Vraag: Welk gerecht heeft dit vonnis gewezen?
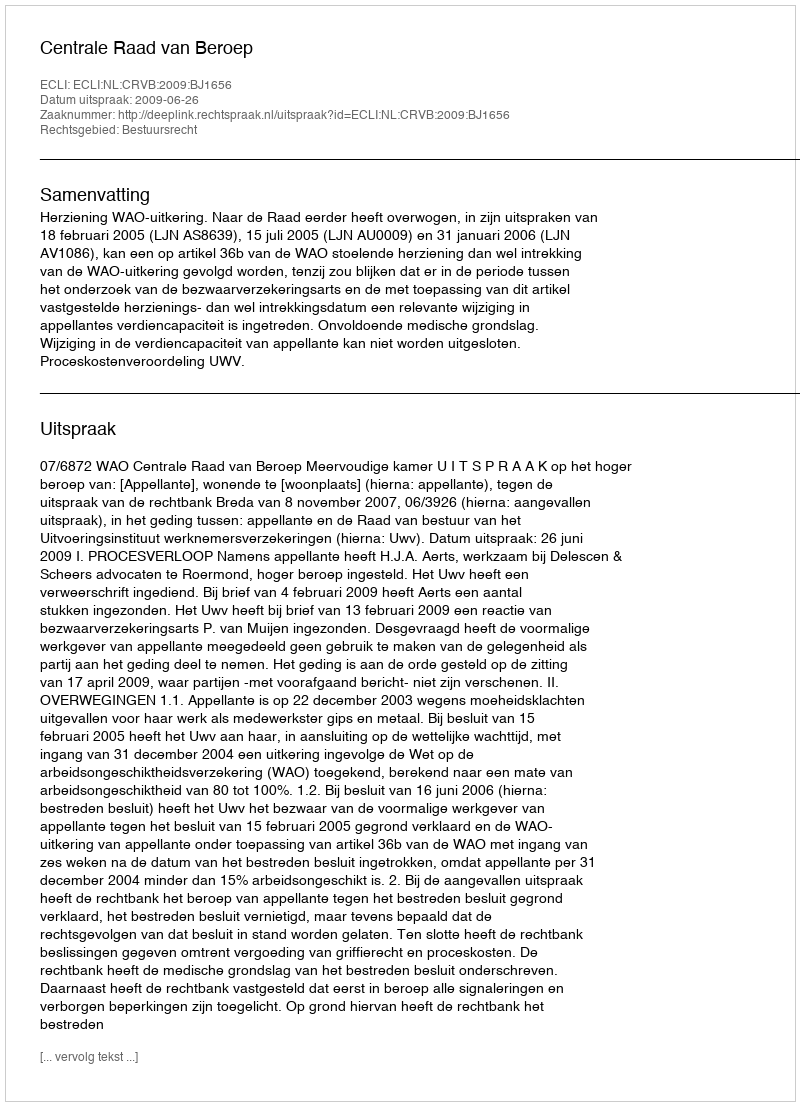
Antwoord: Centrale Raad van Beroep